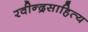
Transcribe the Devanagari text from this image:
रवीन्द्रसाहित्य